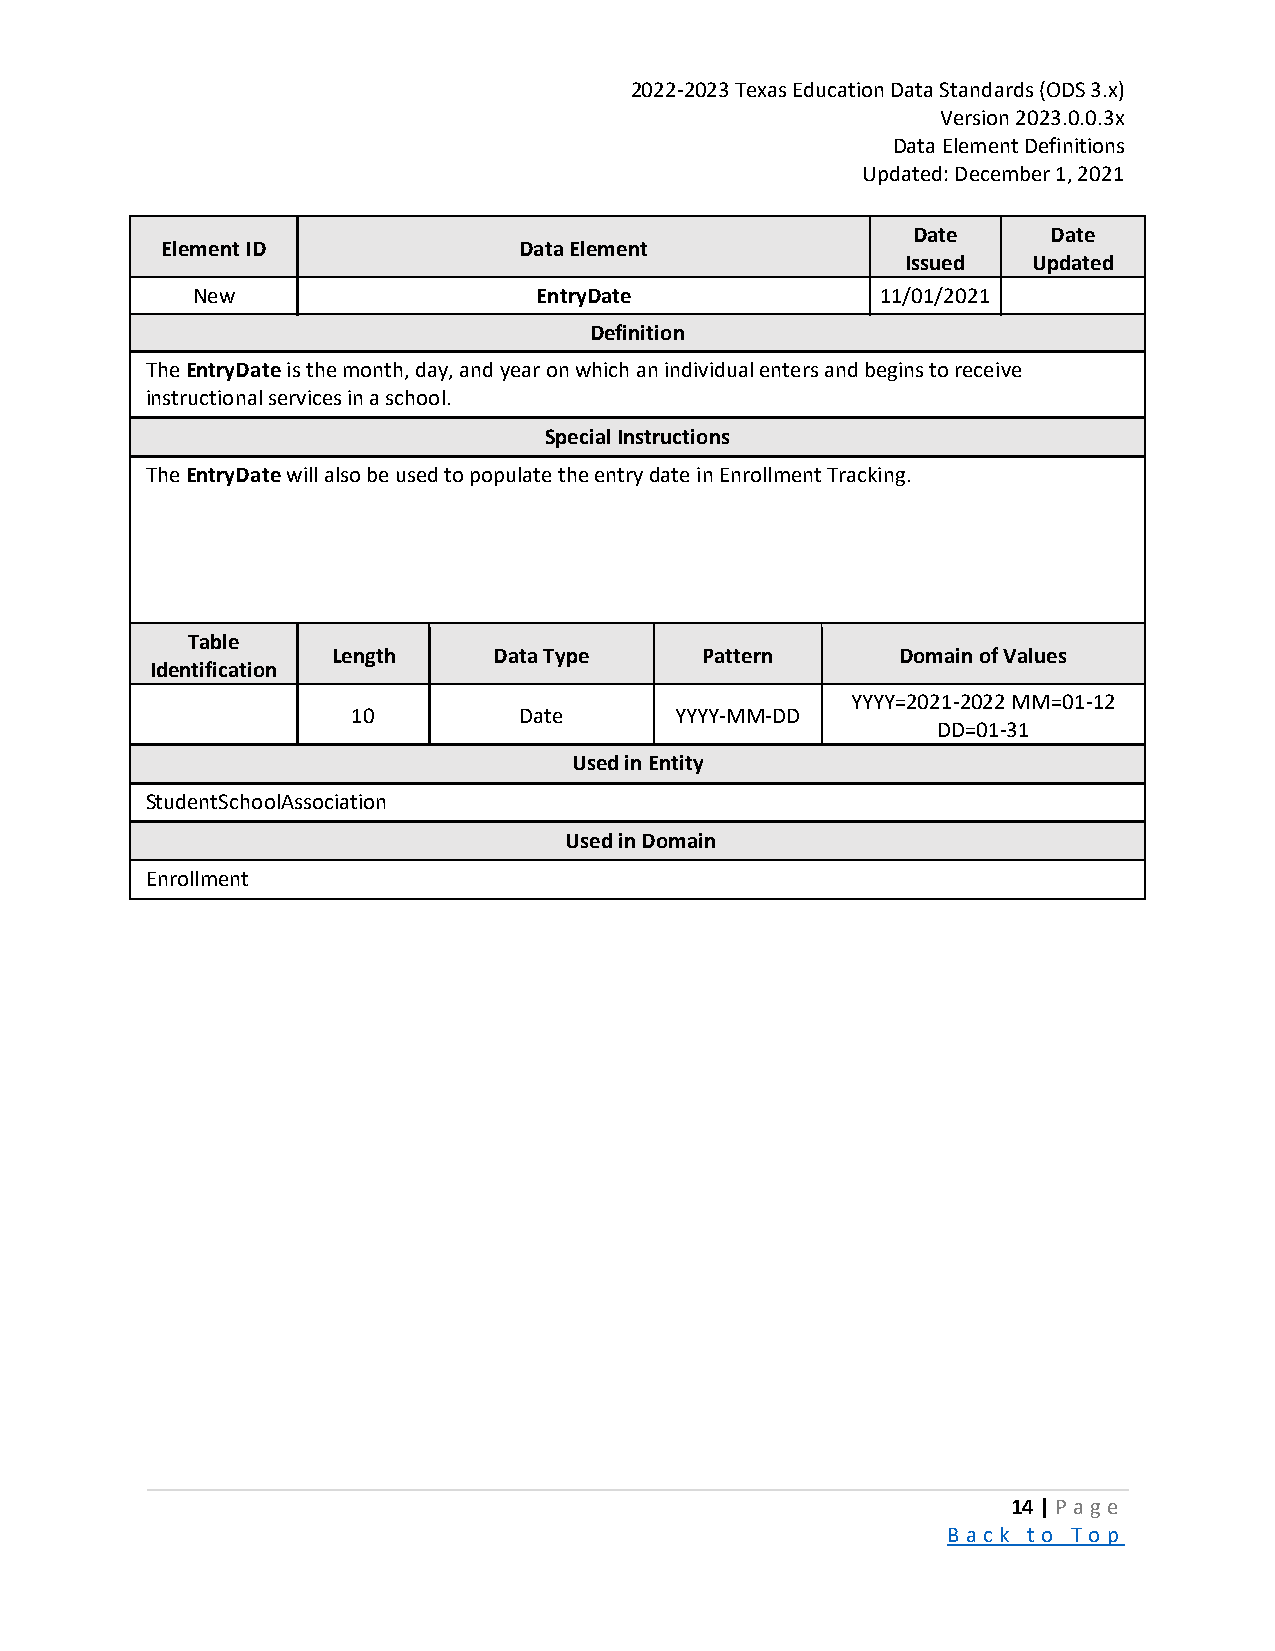
2022-2023 Texas Education Data Standards (ODS 3.x)
 Version 2023.0.0.3x
 Data Element Definitions
 Updated: December 1, 2021
 Date      Date
 Element ID             Data Element
 Issued  Updated
 New                    EntryDate             11/01/2021
 Definition
 The EntryDate is the month, day, and year on which an individual enters and begins to receive
 instructional services in a school.
 Special Instructions
 The EntryDate will also be used to populate the entry date in Enrollment Tracking.
 Table
 Length     Data Type    Pattern       Domain of Values
 Identification
 YYYY=2021-2022 MM=01-12
 10         Date       YYYY-MM-DD
 DD=01-31
 Used in Entity
 StudentSchoolAssociation
 Used in Domain
 Enrollment
 14 | P a ge
 B a ck to To p